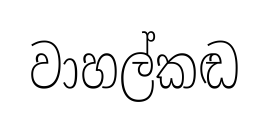
වාහල්කඬ